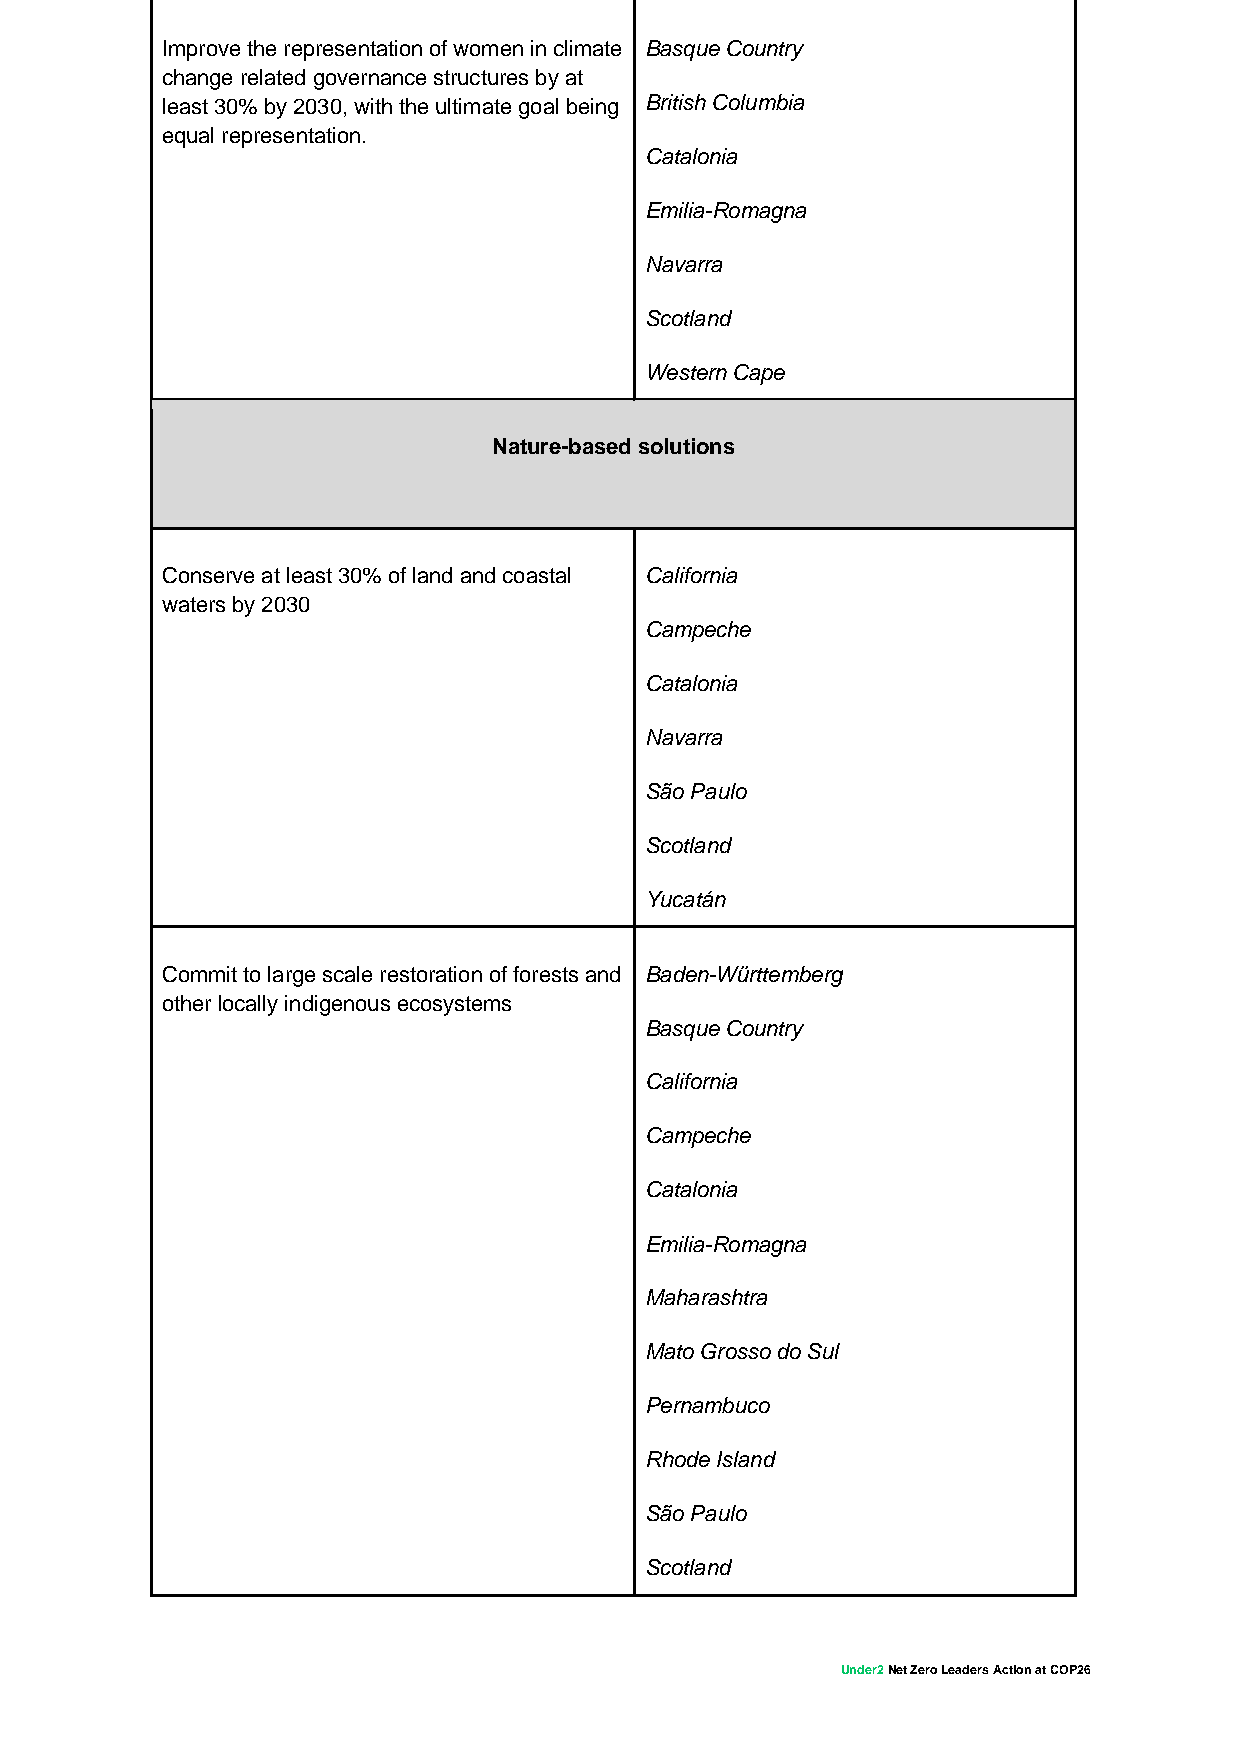
Improve the representation of women in climate Basque Country
 change related governance structures by at
 least 30% by 2030, with the ultimate goal being British Columbia
 equal representation.
 Catalonia
 Emilia-Romagna
 Navarra
 Scotland
 Western Cape
 Nature-based solutions
 Conserve at least 30% of land and coastal California
 waters by 2030
 Campeche
 Catalonia
 Navarra
 São Paulo
 Scotland
 Yucatán
 Commit to large scale restoration of forests and Baden-Württemberg
 other locally indigenous ecosystems
 Basque Country
 California
 Campeche
 Catalonia
 Emilia-Romagna
 Maharashtra
 Mato Grosso do Sul
 Pernambuco
 Rhode Island
 São Paulo
 Scotland
 Under2 Net Zero Leaders Action at COP26